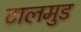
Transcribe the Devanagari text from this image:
टालमुड